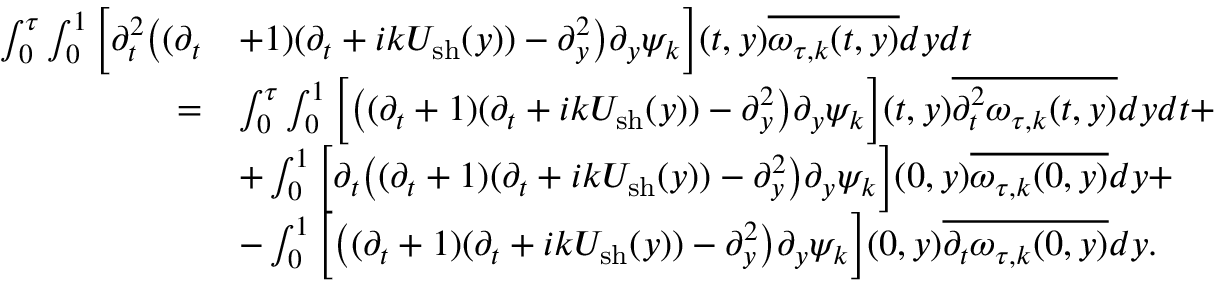
\begin{array} { r l } { \int _ { 0 } ^ { \tau } \int _ { 0 } ^ { 1 } \Big [ \partial _ { t } ^ { 2 } \big ( ( \partial _ { t } } & { + 1 ) ( \partial _ { t } + i k U _ { \mathrm { s h } } ( y ) ) - \partial _ { y } ^ { 2 } \big ) \partial _ { y } \psi _ { k } \Big ] ( t , y ) \overline { { \omega _ { \tau , k } ( t , y ) } } d y d t } \\ { = } & { \int _ { 0 } ^ { \tau } \int _ { 0 } ^ { 1 } \Big [ \big ( ( \partial _ { t } + 1 ) ( \partial _ { t } + i k U _ { \mathrm { s h } } ( y ) ) - \partial _ { y } ^ { 2 } \big ) \partial _ { y } \psi _ { k } \Big ] ( t , y ) \overline { { \partial _ { t } ^ { 2 } \omega _ { \tau , k } ( t , y ) } } d y d t + } \\ & { + \int _ { 0 } ^ { 1 } \Big [ \partial _ { t } \big ( ( \partial _ { t } + 1 ) ( \partial _ { t } + i k U _ { \mathrm { s h } } ( y ) ) - \partial _ { y } ^ { 2 } \big ) \partial _ { y } \psi _ { k } \Big ] ( 0 , y ) \overline { { \omega _ { \tau , k } ( 0 , y ) } } d y + } \\ & { - \int _ { 0 } ^ { 1 } \Big [ \big ( ( \partial _ { t } + 1 ) ( \partial _ { t } + i k U _ { \mathrm { s h } } ( y ) ) - \partial _ { y } ^ { 2 } \big ) \partial _ { y } \psi _ { k } \Big ] ( 0 , y ) \overline { { \partial _ { t } \omega _ { \tau , k } ( 0 , y ) } } d y . } \end{array}